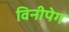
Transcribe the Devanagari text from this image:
विनीपेग